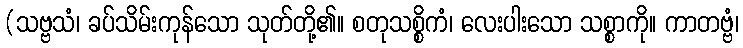
(သဗ္ဗသံ၊ ခပ်သိမ်းကုန်သော သုတ်တို့၏။ စတုသစ္စိကံ၊ လေးပါးသော သစ္စာကို။ ကာတဗ္ဗံ၊